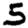
Digit: 5